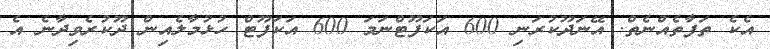
އެކެ ތަފާތެއްނެތް. އޭނަދޫކުރަނި 600 އަކަފޫޓްނަމަ 600 އަކަފޫޓް ހުޅުމާލެއިން ދޫކުރެވިދާނެ އެ